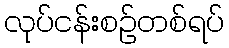
လုပ်ငန်းစဉ်တစ်ရပ်